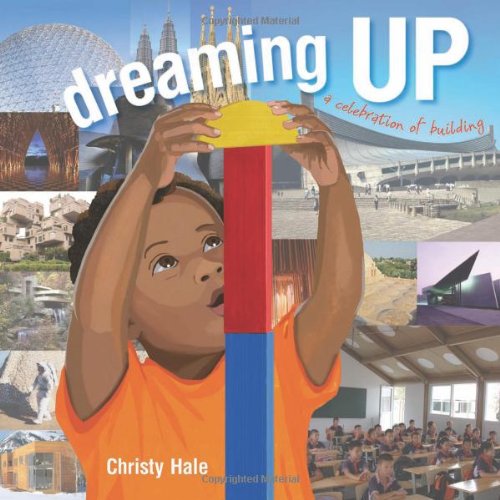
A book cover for Dreaming Up: A Celebration of Building; Christy Hale; Children's Books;